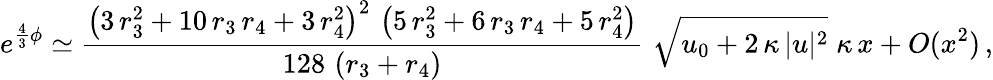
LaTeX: e^{\frac 43\phi}\simeq\frac{\left(3\, r_{3}^{2}+10\, r_{3}\, r_{4}+3\, r_{4}^{2}\right)^{2}\, \left(5\, r_{3}^{2}+6\, r_{3}\, r_{4}+5\, r_{4}^{2}\right)}{128\, \left(r_{3}+r_{4}\right)}\, \, \sqrt{u_{0}+2\, \kappa\, |u|^{2}}\; \kappa\, x+O(x^{2})\, ,